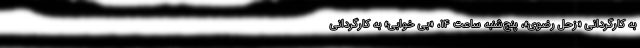
به کارگردانی «زحل رضوی»، پنج‌شنبه ساعت ۱۴، «بی خوابی» به کارگردانی